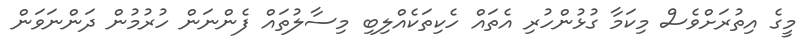
މީގެ އިތުރަށްވެސް މިކަމާ ގުޅުންހުރި އެތައް ހެކިތަކެއްލިބި މިސާލުތައް ފެންނަން ހުރުމުން ދަންނަވަން